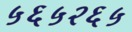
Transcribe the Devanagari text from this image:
५६५२६५